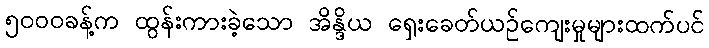
၅၀၀၀ခန့်က ထွန်းကားခဲ့သော အိန္ဒိယ ရှေးခေတ်ယဉ်ကျေးမှုများထက်ပင်